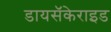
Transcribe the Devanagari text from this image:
डायसॅकेराइड